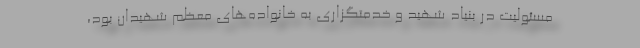
مسئولیت در بنیاد شهید و خدمتگزاری به خانواده‌های معظم شهیدان بود،